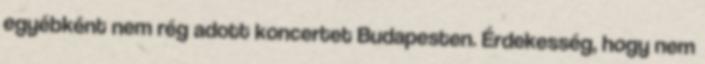
egyébként nem rég adott koncertet Budapesten. Érdekesség, hogy nem